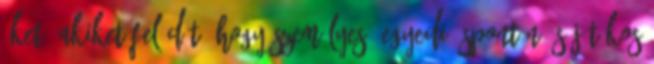
őket. Akiket felüdít, hogy személyes, egyedi, spontán és játékos